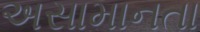
અસામાનતા